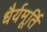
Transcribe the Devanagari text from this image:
धैर्यमूर्ति